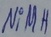
Text: NiMH